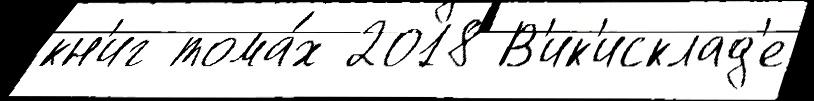
кн'иг тома́х 2018 В'ик'исклад'е